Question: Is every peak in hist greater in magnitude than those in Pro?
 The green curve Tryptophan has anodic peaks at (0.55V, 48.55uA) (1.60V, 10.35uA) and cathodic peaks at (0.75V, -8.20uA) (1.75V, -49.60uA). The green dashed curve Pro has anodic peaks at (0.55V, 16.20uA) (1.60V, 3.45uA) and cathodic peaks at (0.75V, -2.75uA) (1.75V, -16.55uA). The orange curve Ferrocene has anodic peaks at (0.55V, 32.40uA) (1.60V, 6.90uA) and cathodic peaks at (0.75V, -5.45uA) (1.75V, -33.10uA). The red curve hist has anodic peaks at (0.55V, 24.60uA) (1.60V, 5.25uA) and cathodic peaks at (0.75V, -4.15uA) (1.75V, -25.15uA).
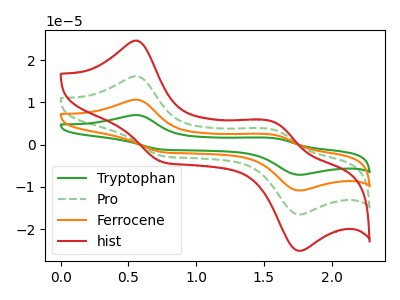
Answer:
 <answer>Every peak in "hist" is higher than every peak in "Pro".</answer>
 <eval>higher</eval>